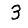
Digit: 3